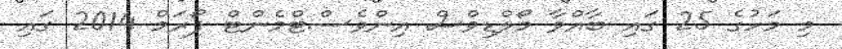
މި މަހުގެ 25 ގައި ބާއްވާ މޯލްޑިވްސް އިންވެސްޓްމެންޓް ފޯރަމް 2014 ގައި